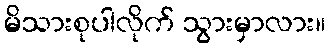
မိသားစုပါလိုက် သွားမှာလား။